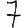
Digit: 7